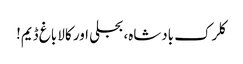
کلرک بادشاہ، بجلی اور کالا باغ ڈیم!